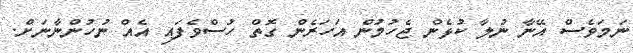
ނަމަވެސް އޭނާ ނުލާ ކުޅެން ޖެހުމުން އަހަރެން ގޮތް ހުސްވެފައި އެއް ނުހުންނާނަށް.